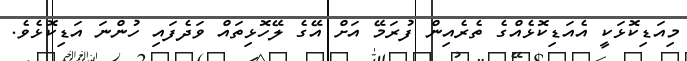
މިއަޑިކޮޅަކީ އެއަޑިކޮޅެއްގެ ތެރެއިން ފުރަމޭ އަށް އޭގެ ލޭހޮޅިތައް ވަދެފައި ހުންނަ އަޑިކޮޅެވެ.